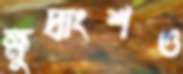
ক্ষুদ্রাংশও